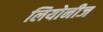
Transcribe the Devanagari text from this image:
लियोनीज